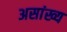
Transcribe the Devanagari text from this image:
असांख्य